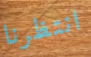
انتظرنا